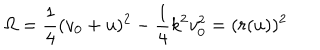
LaTeX: \Omega = \frac { 1 } { 4 } ( v _ { 0 } + u ) ^ { 2 } - \frac { 1 } { 4 } k ^ { 2 } v _ { 0 } ^ { 2 } = ( r ( u ) ) ^ { 2 }